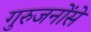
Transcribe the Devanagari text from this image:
गुरुजनोंसे